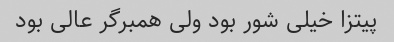
پیتزا خیلی شور بود ولی همبرگر عالی بود